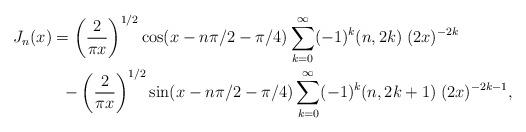
LaTeX: \begin{align*}J_n(x)&=\left( \frac{2}{\pi x} \right)^{1/2} \cos(x- n \pi /2-\pi/4) \sum_{k=0}^\infty (-1)^k (n,2k) \; (2 x)^{-2 k} \\&\;\;-\left( \frac{2}{\pi x} \right)^{1/2} \sin(x-n \pi/2 -\pi/4)\sum_{k=0}^\infty (-1)^k (n,2k+1)\; (2 x)^{-2 k-1},\end{align*}